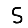
Digit: 5